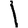
Digit: 1